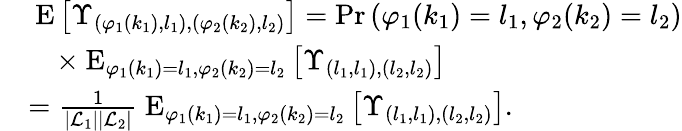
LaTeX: \begin{array}{rl}&{\mathrm{\mathbf~E}\left[\Upsilon_{(\varphi_{1}(k_{1}),l_{1}),(\varphi_{2}(k_{2}),l_{2})}\right]=\mathrm{Pr}\left(\varphi_{1}(k_{1})=l_{1},\varphi_{2}(k_{2})=l_{2}\right)}\\ &{\quad\times\mathrm{\mathbf~E}_{\varphi_{1}(k_{1})=l_{1},\varphi_{2}(k_{2})=l_{2}}\left[\Upsilon_{(l_{1},l_{1}),(l_{2},l_{2})}\right]}\\ &{=\frac{1}{|{\cal L}_{1}||{\cal L}_{2}|}\mathrm{\mathbf~E}_{\varphi_{1}(k_{1})=l_{1},\varphi_{2}(k_{2})=l_{2}}\left[\Upsilon_{(l_{1},l_{1}),(l_{2},l_{2})}\right].}\end{array}